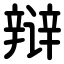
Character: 辩